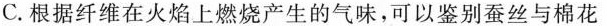
C.根据纤维在火焰上燃烧产生的气味，可以鉴别蚕丝与棉花